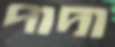
পাদা